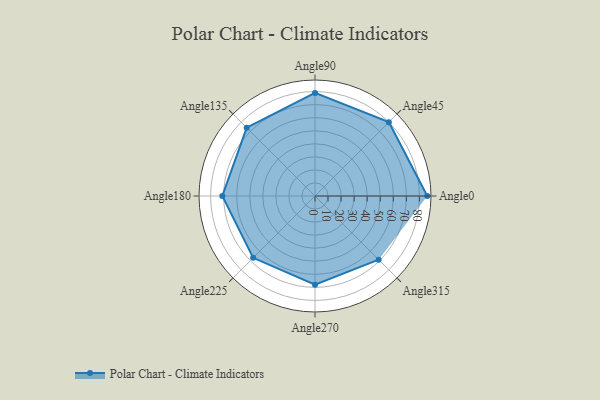
{"axis": {"x": "Angle", "y": "Radius"}, "legend": [""], "data": [{"x": "Angle0", "y": 86.0, "type": ""}, {"x": "Angle45", "y": 80.0, "type": ""}, {"x": "Angle90", "y": 79.0, "type": ""}, {"x": "Angle135", "y": 74.0, "type": ""}, {"x": "Angle180", "y": 71.0, "type": ""}, {"x": "Angle225", "y": 67.0, "type": ""}, {"x": "Angle270", "y": 68.0, "type": ""}, {"x": "Angle315", "y": 69.0, "type": ""}]}